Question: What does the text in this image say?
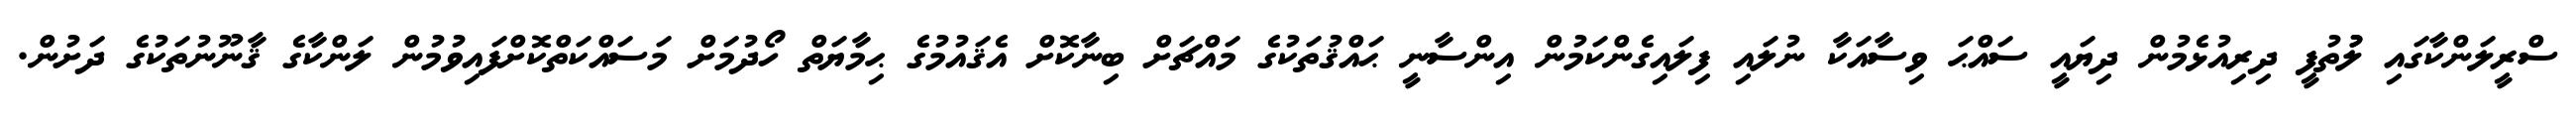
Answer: ސްރީލަންކާގައި ލުުތުފީ ދިރިއުޅެމުން ދިޔައީ ސައްޙަ ވިސާއަކާ ނުލައި ފިލައިގެންކަމުން އިންސާނީ ޙައްޤުތަކުގެ މައްޗަށް ބިނާކޮށް އެޤައުމުގެ ޙިމާޔަތް ހޯދުމަށް މަސައްކަތްކޮށްފައިވުމުން ލަންކާގެ ޤާނޫނުތަކުގެ ދަށުން.